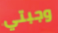
وجبتي